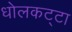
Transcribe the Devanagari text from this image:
धोलकट्टा